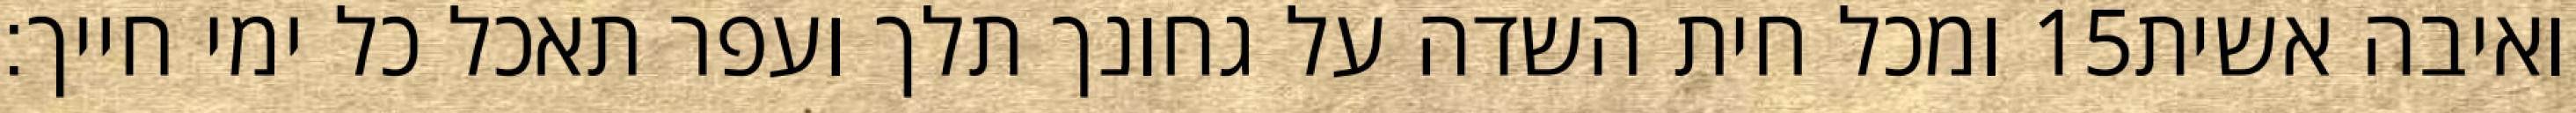
ומכל חית השדה על גחונך תלך ועפר תאכל כל ימי חייך׃ ‎15‏ ואיבה אשית